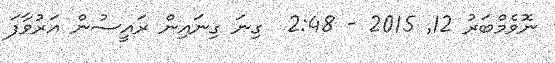
ނޮވެމްބަރު 12